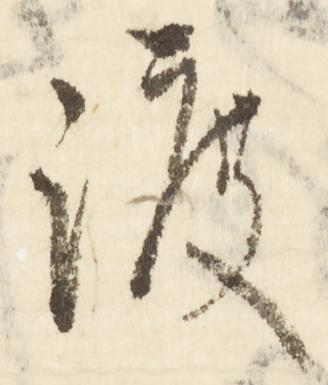
渡